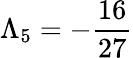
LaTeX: \Lambda_{5}=-\frac{16}{27}